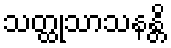
သတ္ထုသာသနန္တိ